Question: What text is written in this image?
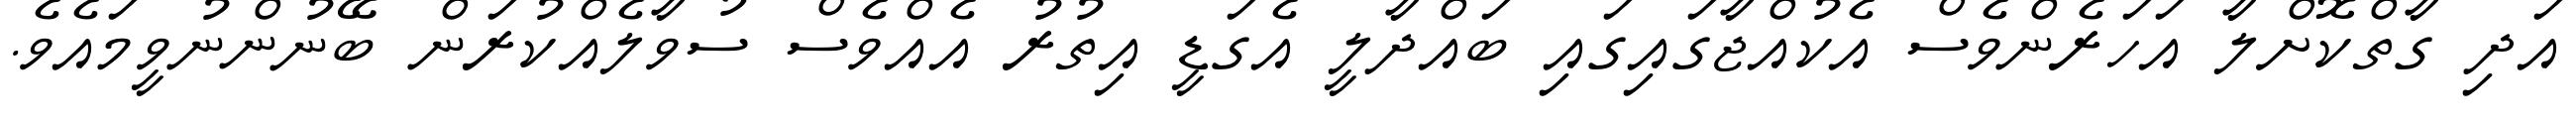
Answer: އަދި ގާތްކޮށްލާ އަހަރެންވެސް އެކުއްޖާގައިގައި ބައްދާލީ އެގަޑީ އިތުރު އެއްވެސް ސުވާލެއްކުރަން ބޭނުންނުވީމައެވެ.